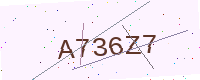
Text: A736Z7